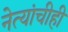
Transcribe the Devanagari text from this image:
नेत्यांचीही